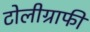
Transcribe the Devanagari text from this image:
टोलीग्राफी